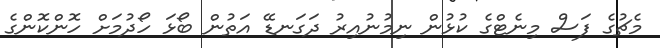
މެޗުގެ ފަސް މިނެޓްގެ ކުޅުން ނިމުނުއިރު ދަގަނޑޭ އަތުން ބޯޅަ ހޯދުމަށް ހޮންކޮންގެ